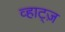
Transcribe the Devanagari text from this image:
व्हाट्ज़